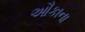
ઔકાના